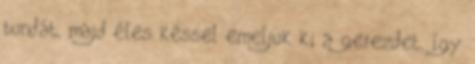
bundát, majd éles késsel emeljük ki a gerezdet, így